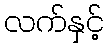
လက်နှင့်